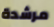
مرشدة